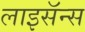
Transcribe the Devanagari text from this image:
लाइसॅन्स